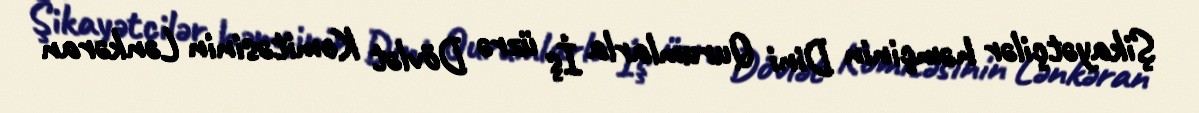
Şikayətçilər həmçinin Dini Qurumlarla İş üzrə Dövlət Komitəsinin Lənkəran